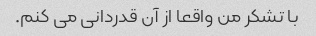
با تشکر من واقعا از آن قدردانی می کنم.